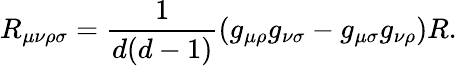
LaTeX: R_{\mu\nu\rho\sigma}=\frac{1}{d(d-1)}(g_{\mu\rho}g_{\nu\sigma}-g_{\mu\sigma}g_{\nu\rho})R.